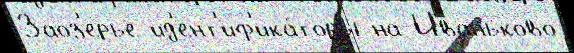
Заоз'ерье ид'ент'иф'ика́торы на Иваньково